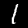
Label: 1